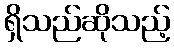
ရှိသည်ဆိုသည့်